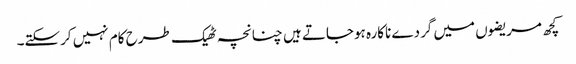
کچھ مریضوں میں گردے ناکارہ ہوجاتے ہیں چنانچہ ٹھیک طرح کام نہیں کرسکتے۔